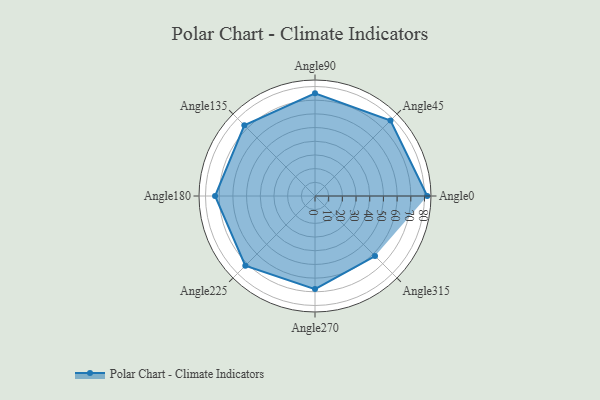
{"axis": {"x": "Angle", "y": "Radius"}, "legend": [""], "data": [{"x": "Angle0", "y": 82.0, "type": ""}, {"x": "Angle45", "y": 78.0, "type": ""}, {"x": "Angle90", "y": 75.0, "type": ""}, {"x": "Angle135", "y": 73.0, "type": ""}, {"x": "Angle180", "y": 73.0, "type": ""}, {"x": "Angle225", "y": 72.0, "type": ""}, {"x": "Angle270", "y": 68.0, "type": ""}, {"x": "Angle315", "y": 62.0, "type": ""}]}